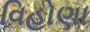
વિહોણા